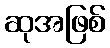
ဆုအဖြစ်